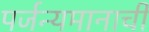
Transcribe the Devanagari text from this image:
पर्जन्यमानाची